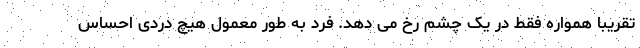
تقریبا همواره فقط در یک چشم رخ می دهد. فرد به طور معمول هیچ دردی احساس